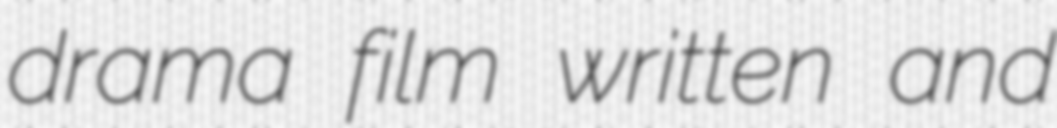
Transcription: drama film written and